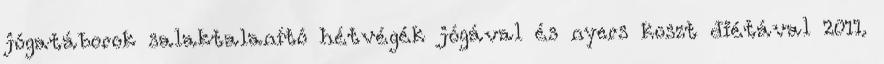
jógatáborok salaktalanító hétvégék jógával és nyers koszt diétával 2011.